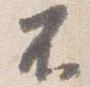
不